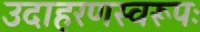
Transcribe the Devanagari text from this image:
उदाहरणस्वरूपः